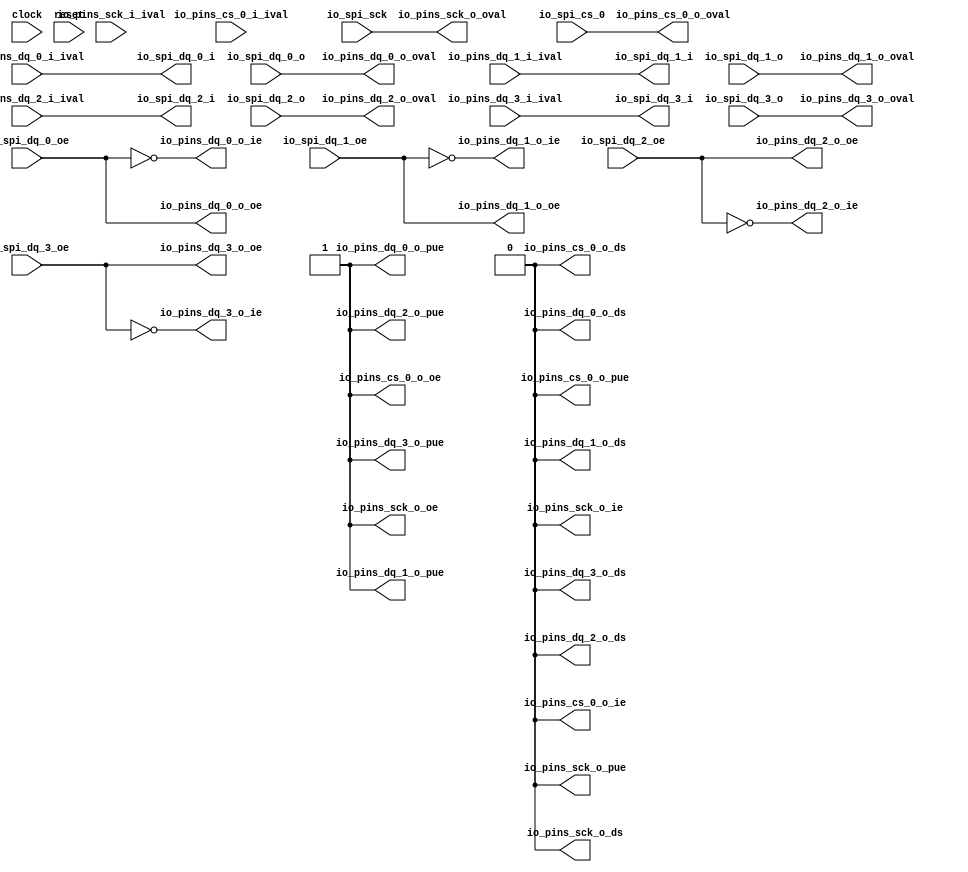
module SPIGPIOPort_1(
  input   clock,
  input   reset,
  input   io_spi_sck,
  output  io_spi_dq_0_i,
  input   io_spi_dq_0_o,
  input   io_spi_dq_0_oe,
  output  io_spi_dq_1_i,
  input   io_spi_dq_1_o,
  input   io_spi_dq_1_oe,
  output  io_spi_dq_2_i,
  input   io_spi_dq_2_o,
  input   io_spi_dq_2_oe,
  output  io_spi_dq_3_i,
  input   io_spi_dq_3_o,
  input   io_spi_dq_3_oe,
  input   io_spi_cs_0,
  input   io_pins_sck_i_ival,
  output  io_pins_sck_o_oval,
  output  io_pins_sck_o_oe,
  output  io_pins_sck_o_ie,
  output  io_pins_sck_o_pue,
  output  io_pins_sck_o_ds,
  input   io_pins_dq_0_i_ival,
  output  io_pins_dq_0_o_oval,
  output  io_pins_dq_0_o_oe,
  output  io_pins_dq_0_o_ie,
  output  io_pins_dq_0_o_pue,
  output  io_pins_dq_0_o_ds,
  input   io_pins_dq_1_i_ival,
  output  io_pins_dq_1_o_oval,
  output  io_pins_dq_1_o_oe,
  output  io_pins_dq_1_o_ie,
  output  io_pins_dq_1_o_pue,
  output  io_pins_dq_1_o_ds,
  input   io_pins_dq_2_i_ival,
  output  io_pins_dq_2_o_oval,
  output  io_pins_dq_2_o_oe,
  output  io_pins_dq_2_o_ie,
  output  io_pins_dq_2_o_pue,
  output  io_pins_dq_2_o_ds,
  input   io_pins_dq_3_i_ival,
  output  io_pins_dq_3_o_oval,
  output  io_pins_dq_3_o_oe,
  output  io_pins_dq_3_o_ie,
  output  io_pins_dq_3_o_pue,
  output  io_pins_dq_3_o_ds,
  input   io_pins_cs_0_i_ival,
  output  io_pins_cs_0_o_oval,
  output  io_pins_cs_0_o_oe,
  output  io_pins_cs_0_o_ie,
  output  io_pins_cs_0_o_pue,
  output  io_pins_cs_0_o_ds
);
  wire  T_267;
  wire  T_270;
  wire  T_273;
  wire  T_276;
  assign io_spi_dq_0_i = io_pins_dq_0_i_ival;
  assign io_spi_dq_1_i = io_pins_dq_1_i_ival;
  assign io_spi_dq_2_i = io_pins_dq_2_i_ival;
  assign io_spi_dq_3_i = io_pins_dq_3_i_ival;
  assign io_pins_sck_o_oval = io_spi_sck;
  assign io_pins_sck_o_oe = 1'h1;
  assign io_pins_sck_o_ie = 1'h0;
  assign io_pins_sck_o_pue = 1'h0;
  assign io_pins_sck_o_ds = 1'h0;
  assign io_pins_dq_0_o_oval = io_spi_dq_0_o;
  assign io_pins_dq_0_o_oe = io_spi_dq_0_oe;
  assign io_pins_dq_0_o_ie = T_267;
  assign io_pins_dq_0_o_pue = 1'h1;
  assign io_pins_dq_0_o_ds = 1'h0;
  assign io_pins_dq_1_o_oval = io_spi_dq_1_o;
  assign io_pins_dq_1_o_oe = io_spi_dq_1_oe;
  assign io_pins_dq_1_o_ie = T_270;
  assign io_pins_dq_1_o_pue = 1'h1;
  assign io_pins_dq_1_o_ds = 1'h0;
  assign io_pins_dq_2_o_oval = io_spi_dq_2_o;
  assign io_pins_dq_2_o_oe = io_spi_dq_2_oe;
  assign io_pins_dq_2_o_ie = T_273;
  assign io_pins_dq_2_o_pue = 1'h1;
  assign io_pins_dq_2_o_ds = 1'h0;
  assign io_pins_dq_3_o_oval = io_spi_dq_3_o;
  assign io_pins_dq_3_o_oe = io_spi_dq_3_oe;
  assign io_pins_dq_3_o_ie = T_276;
  assign io_pins_dq_3_o_pue = 1'h1;
  assign io_pins_dq_3_o_ds = 1'h0;
  assign io_pins_cs_0_o_oval = io_spi_cs_0;
  assign io_pins_cs_0_o_oe = 1'h1;
  assign io_pins_cs_0_o_ie = 1'h0;
  assign io_pins_cs_0_o_pue = 1'h0;
  assign io_pins_cs_0_o_ds = 1'h0;
  assign T_267 = ~ io_spi_dq_0_oe;
  assign T_270 = ~ io_spi_dq_1_oe;
  assign T_273 = ~ io_spi_dq_2_oe;
  assign T_276 = ~ io_spi_dq_3_oe;
endmodule